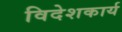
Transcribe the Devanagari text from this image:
विदेशकार्य